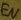
Text: EN